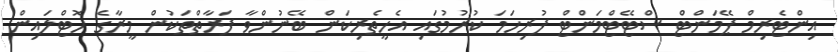
އިންޓެރިމް ޕޭމަންޓް ސްޓޭޓްމަންޓް ފުރިހަމަ ކުރުމުގައި އެހީތެރިކަން ބޭނުންވާ ފަރާތްތަކުން މީރާގެ ހޮޓްލައިން